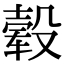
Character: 毂